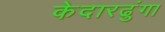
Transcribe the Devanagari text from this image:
केदारढुंगा